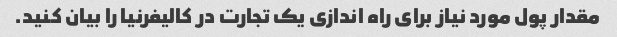
مقدار پول مورد نیاز برای راه اندازی یک تجارت در کالیفرنیا را بیان کنید.